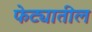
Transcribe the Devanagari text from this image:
फेट्यातील